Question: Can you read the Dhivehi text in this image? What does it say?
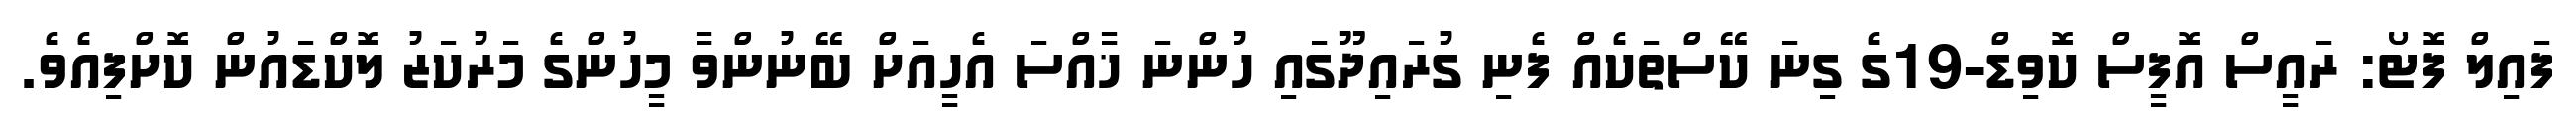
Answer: ފައިލް ފޮޓޯ: ރައީސް އޮފީސް ކޮވިޑް-19ގެ ގިނަ ކޭސްތަކެއް ފެނި ގުރައިދޫގައި ހުންނަ ޚާއްސަ އެހީއަށް ބޭނުންވާ މީހުންގެ މަރުކަޒު ލޮކްޑައުން ކޮށްފިއެވެ.